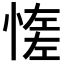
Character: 𢞑